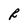
Character: R